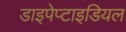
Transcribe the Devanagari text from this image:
डाइपेप्टाइडियल